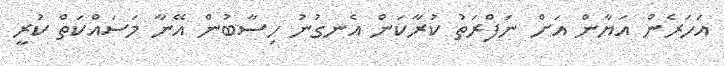
އަހަރެން އަޔާން އަށް ނަފްރަތު ކުރާކަން އެނގުނު ހިސާބުން އޭނާ މަސައްކަތް ކުރީ